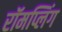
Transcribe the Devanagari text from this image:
रॉमप्लिंग